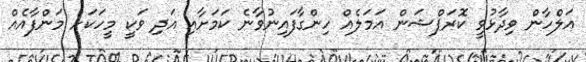
އަލްހާން ވިދާޅުވީ ކޮރަޕްޝަން އަމަލެއް ހިންގާފައިނުވާނެ ކަމަށާއި އަދި ވަކީ މީހަކަށް މަންފާއެއް